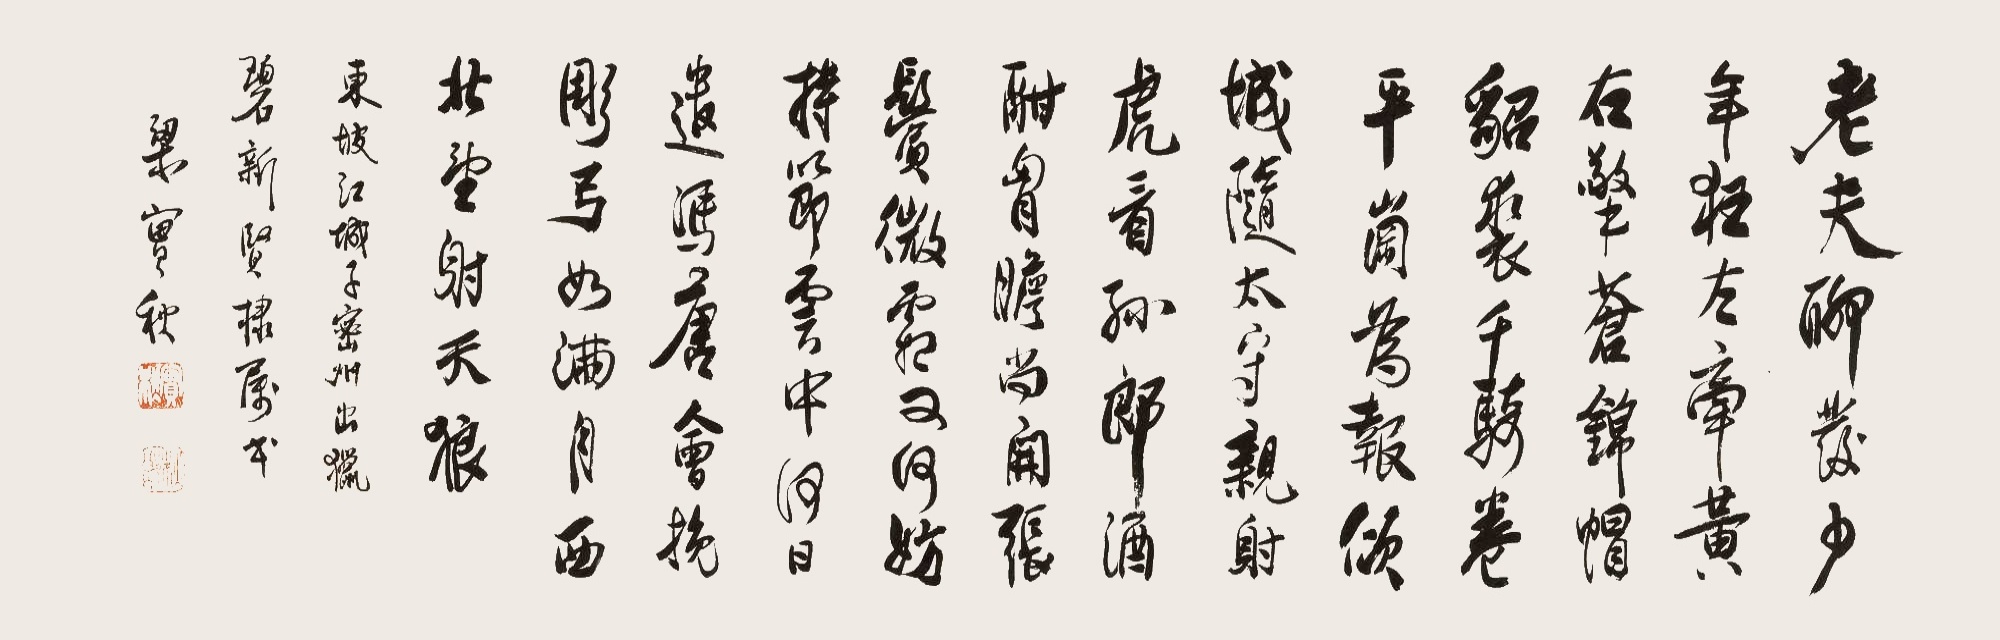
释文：老夫聊发少年狂，左牵黄，右擎苍，锦帽貂裘，千骑卷平冈。为报倾城随太守，亲射虎，看孙郎。酒酣胸胆尚开张，鬓微霜，又何妨！持节云中，何日遣冯唐？会挽雕弓如满月，西北望，射天狼。东坡江城子密州出猎。碧新贤棣属书。梁实秋。